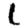
Digit: 1